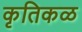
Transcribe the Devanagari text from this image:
कृतिकळ